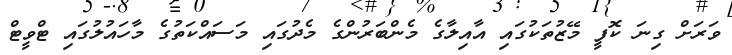
ވަރަށް ގިނަ ކޮފީ މޭޒުތަކުގައި އާއިލާގެ މެންބަރުންގެ މެދުގައި މަސައްކަތުގެ މާހައުލުގައި ޓްވީޓް